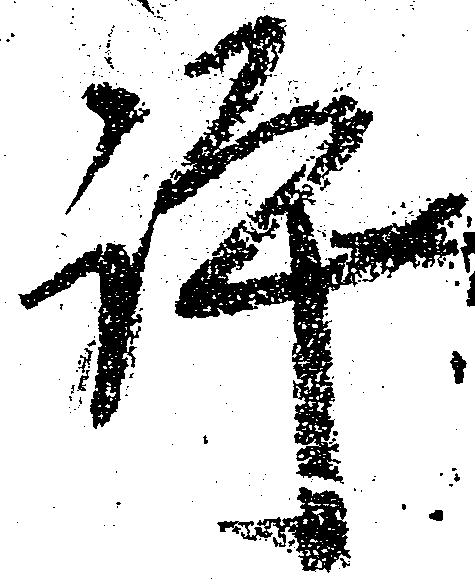
評